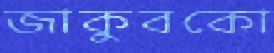
জাকুবকো